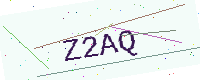
Text: Z2AQ